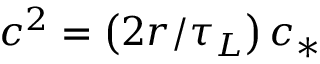
c ^ { 2 } = \left( 2 r / \tau _ { L } \right) c _ { * }